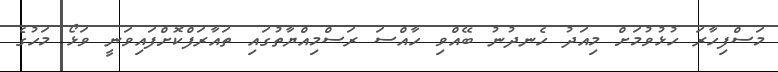
މަސްފިހާރަ ހުޅުވުމަށް މިއަދު ހެނދުނު ބޭއްވި ހާއްސަ ރަސްމިއްޔާތުގައި ތައާރަފްކޮށްފައިވަނީ ވަޅޯ މަހުގެ